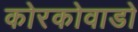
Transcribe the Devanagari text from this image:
कोरकोवाडो